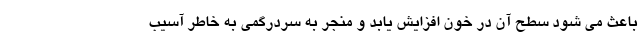
باعث می شود سطح آن در خون افزایش یابد و منجر به سردرگمی به خاطر آسیب